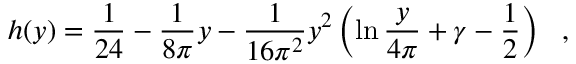
h ( y ) = \frac { 1 } { 2 4 } - \frac { 1 } { 8 \pi } y - \frac { 1 } { 1 6 \pi ^ { 2 } } y ^ { 2 } \left( \ln \frac { y } { 4 \pi } + \gamma - \frac { 1 } { 2 } \right) ~ ~ ,